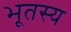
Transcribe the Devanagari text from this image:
भूतस्य